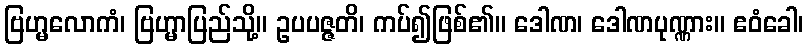
ဗြဟ္မလောကံ၊ ဗြဟ္မာပြည်သို့။ ဥပပဇ္ဇတိ၊ ကပ်၍ဖြစ်၏။ ဒေါဏ၊ ဒေါဏပုဏ္ဏား။ ဧဝံခေါ၊